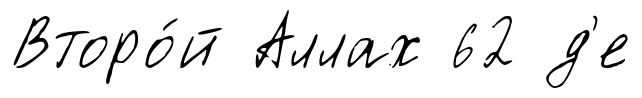
Второ́й Аллах 62 д'е